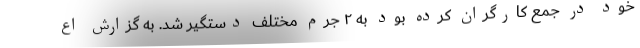
خود در جمع کارگران کرده بود به ۲ جرم مختلف دستگیر شد. به گزارش اع